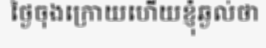
ថ្ងៃចុងក្រោយហើយខ្ញុំឆ្ងល់ថា